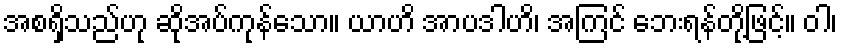
အစရှိသည်ဟု ဆိုအပ်ကုန်သော။ ယာဟိ အာပဒါဟိ၊ အကြင် ဘေးရန်တို့ဖြင့်။ ဝါ၊